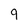
Character: 9